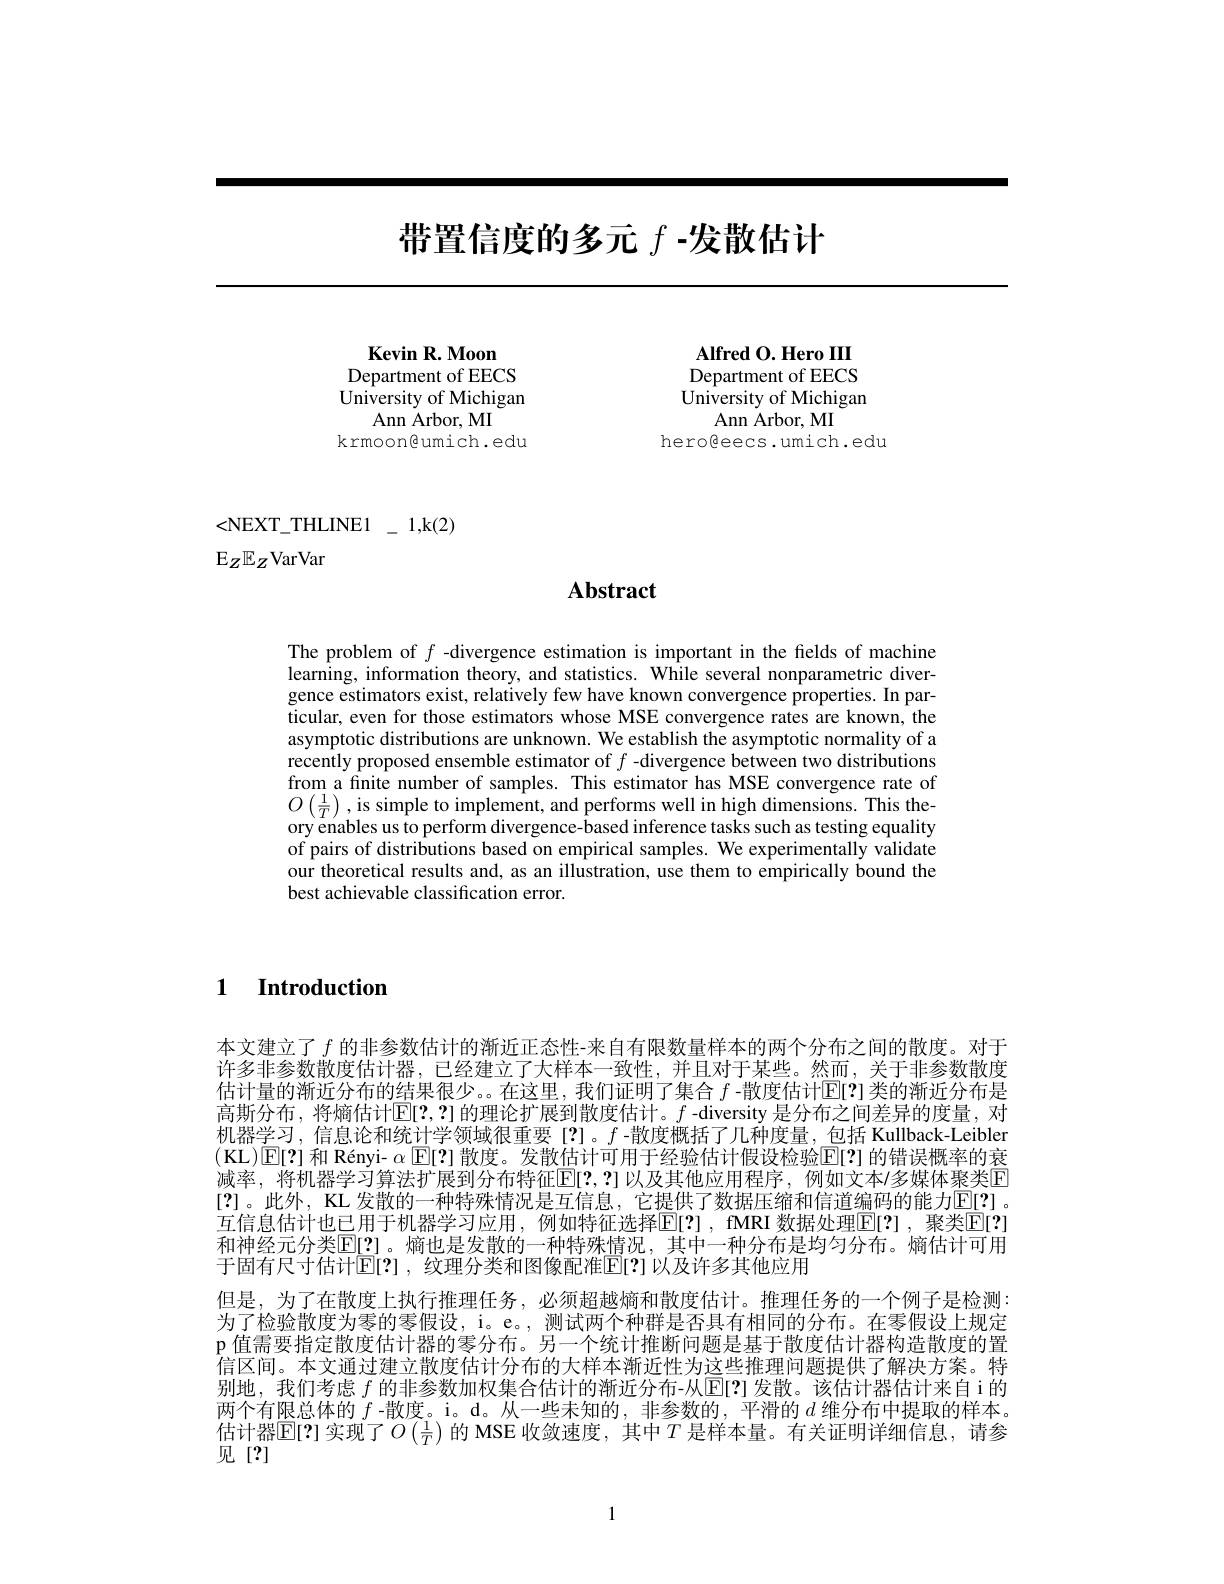
# 带置信度的多元$f$ -发散估计

Alfred O. Hero III Department of EECS $\tilde{\text{University of Michigan}}$
Ann Arbor, MI
herogeecs.umich.edu

Kevin R. Moon Department of EECS $\tilde{\text{University of Michigan}}$
$\operatorname{Ann}$ Arbor, MI
krmoon@umich.edu

<NEXT\_THLINE1\_1,k(2)
$\mathbb{E}_Z\mathbb{E}_Z$VarVar

# Abstract

The problem of $f$ -divergence estimation is important in the fields of machine learning, information theory, and statistics. While several nonparametric divergence estimators exist, relatively few have known convergence properties. In particular, even for those estimators whose MSE convergence rates are known, the asymptotic distributions are unknown. We establish the asymptotic normality of a recently proposed ensemble estimator of $f$ -divergence between two distributions from a finite number of samples. This estimator has MSE convergence rate of $O\left(\frac{1}{T}\right)$,is simple to implement, and performs well in high dimensions. This theory enables us to perform divergence-based inference tasks such as testing equality of pairs of distributions based on empirical samples. We experimentally validate our theoretical results and, as an illustration, use them to empirically bound the best achievable classification error.

1 Introduction

本文建立了$f$的非参数估计的渐近正态性-来自有限数量样本的两个分布之间的散度。对于许多非参数散度估计器，已经建立了大样本一致性，并且对于某些。然而，关于非参数散度估计量的渐近分布的结果很少。。在这里，我们证明了集合$f$ -散度估计[E[?]类的渐近分布是高斯分布，将熵估计$\mathbb{E}[2,?]$的理论扩展到散度估计。$f$ -diversity 是分布之间差异的度量，对机器学习，信息论和统计学领域很重要[?]。$f$ -散度概括了几种度量，包括 Kullback-Leibler (KL)$\operatorname{E}[?]$和 Rényi- $\alpha\operatorname{E}[?]$散度。发散估计可用于经验估计假设检验$\operatorname{E}[?]$的错误概率的衰减率，将机器学习算法扩展到分布特征$\overline{\mathrm{E}}[2,?]$以及其他应用程序，例如文本$\prime \textit{多 媒 体 聚 类 E}$ [?]。此外，KL 发散的一种特殊情况是互信息，它提供了数据压缩和信道编码的能力$\underline{\mathrm{E[}?]}$。互信息估计也已用于机器学习应用，例如特征选择$\mathbb{E}[?]$, fMRI 数据处理$\mathbb{E}[?]$, 聚类$\mathbb{E}[?]$ 和神经元分类[E[2]。熵也是发散的一种特殊情况，其中一种分布是均匀分布。熵估计可用于固有尺寸估计[E[?],纹理分类和图像配准[E[?]以及许多其他应用
但是，为了在散度上执行推理任务，必须超越熵和散度估计。推理任务的一个例子是检测： 为了检验散度为零的零假设，i。e。, 测试两个种群是否具有相同的分布。在零假设上规定p 值需要指定散度估计器的零分布。另一个统计推断问题是基于散度估计器构造散度的置信区间。本文通过建立散度估计分布的大样本渐近性为这些推理问题提供了解决方案。特别地，我们考虑$f$的非参数加权集合估计的渐近分布-从回[?]发散。该估计器估计来自i的两个有限总体的$f$ -散度。i。d。从一些未知的，非参数的，平滑的$d$维分布中提取的样本。估计器$\mathbb{E}[2]$ 实现了$O\left(\frac1T\right)$的 MSE 收敛速度，其中$T$ 是样本量。有关证明详细信息，请参见[?]

1